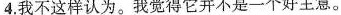
4.我不这样认为。我觉得它并不是一个好主意。